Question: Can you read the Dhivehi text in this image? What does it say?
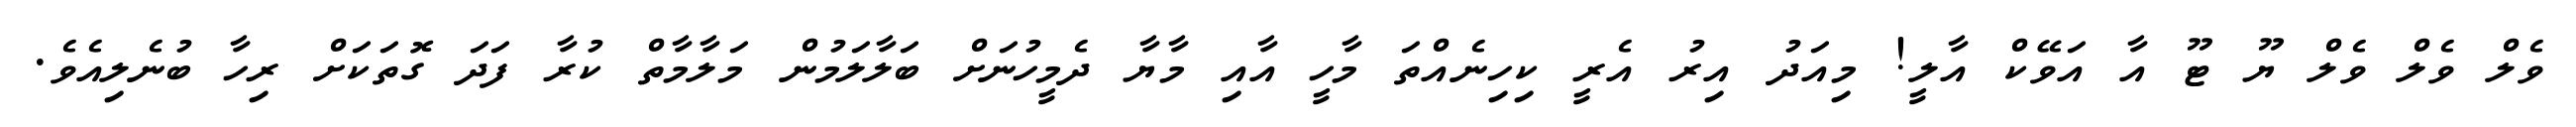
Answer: ވެލް ވެލް ވެލް ޔޫ ޓޫ އާ އަވޭކް އާލީ! މިއަދު އިރު އެރީ ކިހިނެއްތަ މާހީ އާއި މާޔާ ދެމީހުނަށް ބަލާލަމުން މަލާމާތް ކުރާ ފަދަ ގޮތަކަށް ރިހާ ބުނެލިއެވެ.